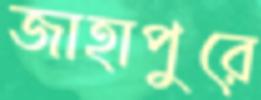
জাহাপুরে